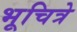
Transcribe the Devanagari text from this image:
भूचित्रे